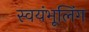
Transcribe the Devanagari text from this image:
स्वयंभूलिंग